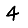
Digit: 4